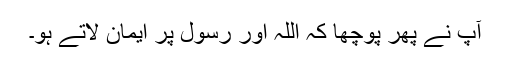
آپؐ نے پھر پوچھا کہ اللہ اور رسول پر ایمان لاتے ہو۔